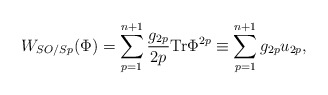
\begin{align*}W_{SO/Sp}(\Phi)= \sum_{p=1}^{n+1}\frac{g_{2p}}{2p}{\rm Tr}\Phi^{2p}\equiv\sum_{p=1}^{n+1}g_{2p}u_{2p}, \end{align*}